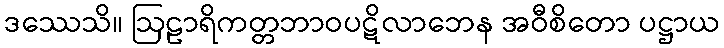
ဒဿေသိ။ ဩဠာရိကတ္တဘာဝပဋိလာဘေန အဝီစိတော ပဋ္ဌာယ